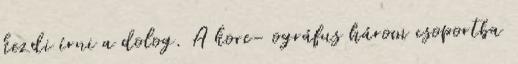
kezdi írni a dolog. A kore- ográfus három csoportba